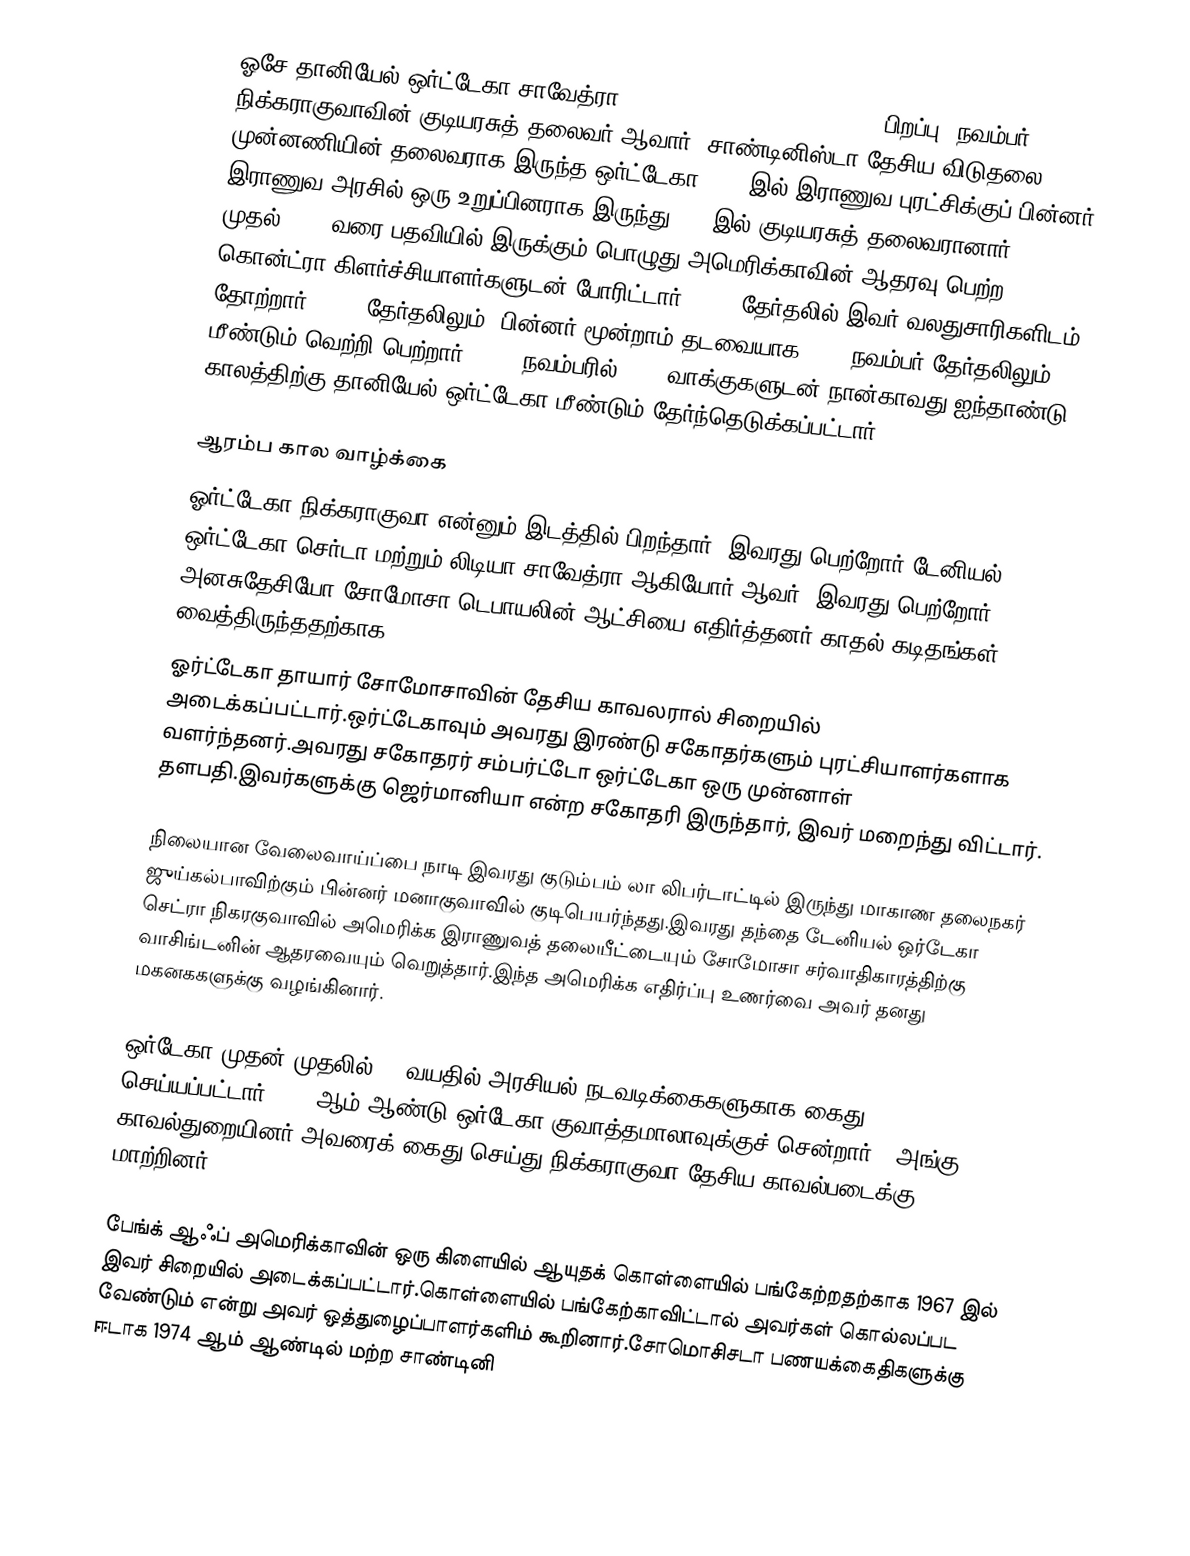
ஓசே தானியேல் ஒர்ட்டேகா சாவேத்ரா (Jose Daniel Ortega Saavedra, பிறப்பு: நவம்பர் 11, 1945) நிக்கராகுவாவின் குடியரசுத் தலைவர் ஆவார். சாண்டினிஸ்டா தேசிய விடுதலை முன்னணியின் தலைவராக இருந்த ஒர்ட்டேகா 1979-இல் இராணுவ புரட்சிக்குப் பின்னர் இராணுவ அரசில் ஒரு உறுப்பினராக இருந்து 1985இல் குடியரசுத் தலைவரானார். 1985 முதல் 1990 வரை பதவியில் இருக்கும் பொழுது அமெரிக்காவின் ஆதரவு பெற்ற கொன்ட்ரா கிளர்ச்சியாளர்களுடன் போரிட்டார். 1990 தேர்தலில் இவர் வலதுசாரிகளிடம் தோற்றார். 2006 தேர்தலிலும், பின்னர் மூன்றாம் தடவையாக 2011 நவம்பர் தேர்தலிலும் மீண்டும் வெற்றி பெற்றார். 2021 நவம்பரில், 75% வாக்குகளுடன் நான்காவது ஐந்தாண்டு காலத்திற்கு தானியேல் ஒர்ட்டேகா மீண்டும் தேர்ந்தெடுக்கப்பட்டார்.

ஆரம்ப கால வாழ்க்கை
ஓர்ட்டேகா நிக்கராகுவா என்னும் இடத்தில் பிறந்தார். இவரது பெற்றோர் டேனியல் ஒர்ட்டேகா செர்டா மற்றும் லிடியா சாவேத்ரா ஆகியோர் ஆவர். இவரது பெற்றோர் அனசுதேசியோ சோமோசா டெபாயலின் ஆட்சியை எதிர்த்தனர்.காதல் கடிதங்கள் வைத்திருந்ததற்காக
ஓர்ட்டேகா தாயார் சோமோசாவின் தேசிய காவலரால் சிறையில் அடைக்கப்பட்டார்.ஒர்ட்டேகாவும் அவரது இரண்டு சகோதர்களும் புரட்சியாளர்களாக வளர்ந்தனர்.அவரது சகோதரர் சம்பர்ட்டோ ஒர்ட்டேகா ஒரு முன்னாள் தளபதி.இவர்களுக்கு ஜெர்மானியா என்ற சகோதரி இருந்தார், இவர் மறைந்து விட்டார்.

நிலையான வேலைவாய்ப்பை நாடி இவரது குடும்பம் லா லிபர்டாட்டில் இருந்து மாகாண தலைநகர் ஜுய்கல்பாவிற்கும் பின்னர் மனாகுவாவில் குடிபெயர்ந்தது.இவரது தந்தை டேனியல் ஒர்டேகா செட்ரா நிகரகுவாவில் அமெரிக்க இராணுவத் தலையீட்டையும் சோமோசா சர்வாதிகாரத்திற்கு வாசிங்டனின் ஆதரவையும் வெறுத்தார்.இந்த அமெரிக்க எதிர்ப்பு உணர்வை அவர் தனது மகனககளுக்கு வழங்கினார்.

ஒர்டேகா முதன் முதலில் 15 வயதில் அரசியல் நடவடிக்கைகளுகாக கைது செய்யப்பட்டார்.1964 ஆம் ஆண்டு ஒர்டேகா குவாத்தமாலாவுக்குச் சென்றார் , அங்கு காவல்துறையினர் அவரைக் கைது செய்து நிக்கராகுவா தேசிய காவல்படைக்கு மாற்றினர்.

பேங்க் ஆஃப் அமெரிக்காவின் ஒரு கிளையில் ஆயுதக் கொள்ளையில் பங்கேற்றதற்காக 1967 இல் இவர் சிறையில் அடைக்கப்பட்டார்.கொள்ளையில் பங்கேற்காவிட்டால் அவர்கள்  கொல்லப்பட வேண்டும் என்று அவர் ஒத்துழைப்பாளர்களிம் கூறினார்.சோமொசிசடா பணயக்கைதிகளுக்கு ஈடாக 1974 ஆம் ஆண்டில் மற்ற சாண்டினி